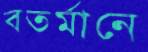
বতর্মানে